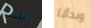
لست وبدأنا